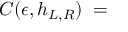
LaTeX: { \cal C } ( \epsilon , h _ { L , R } ) \; = \;